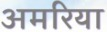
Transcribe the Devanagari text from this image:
अमरिया